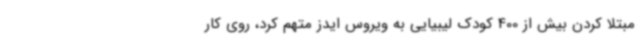
مبتلا کردن بیش از 400 کودک لیبیایی به ویروس ایدز متهم کرد، روی کار